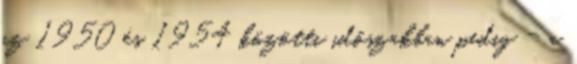
az 1950 és 1954 közötti időszakban pedig - a